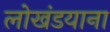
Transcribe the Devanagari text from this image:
लोखंडयाना